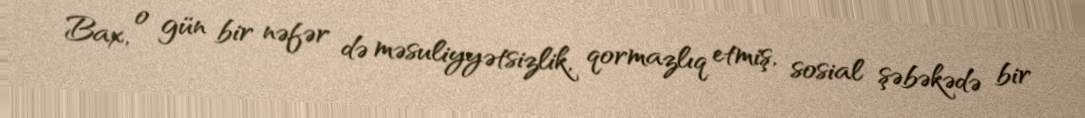
Bax, o gün bir nəfər də məsuliyyətsizlik, qormazlıq etmiş, sosial şəbəkədə bir